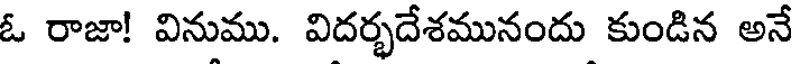
ఓ రాజా! వినుము. విదర్భదేశమునందు కుండిన అనే